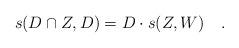
LaTeX: \begin{align*}s(D\cap Z,D)=D\cdot s(Z,W)\quad.\end{align*}